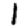
Digit: 1